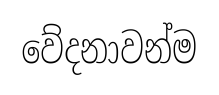
වේදනාවන්ම